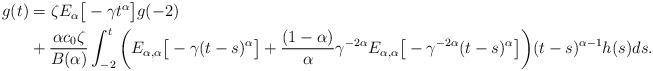
LaTeX: \begin{align*}\begin{aligned}g(t) & = \zeta E_{\alpha}\big[-\gamma t^{\alpha}\big]g(-2)\\&+ \frac{\alpha c_{0} \zeta}{B(\alpha)} \int_{-2}^{t}\bigg( E_{\alpha,\alpha}\big[-\gamma(t-s)^{\alpha}\big] + \frac{(1-\alpha)}{\alpha}\gamma^{-2\alpha}E_{\alpha,\alpha}\big[-\gamma^{-2\alpha}(t-s)^{\alpha}\big]\bigg)(t-s)^{\alpha-1}h(s)ds .\end{aligned}\end{align*}